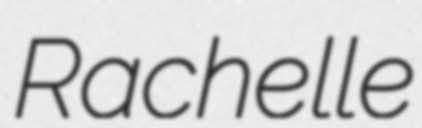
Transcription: Rachelle